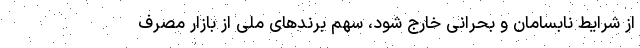
از شرایط نابسامان و بحرانی خارج شود، سهم برندهای ملی از بازار مصرف